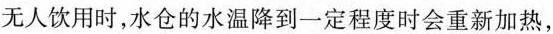
无人饮用时，水仓的水温降到一定程度时会重新加热，